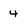
Character: 4